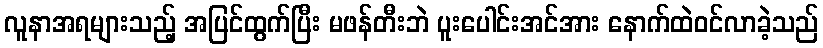
လူနာအရများသည့် အပြင်ထွက်ပြီး မဖန်တီးဘဲ ပူးပေါင်းအင်အား နောက်ထဲဝင်လာခဲ့သည်